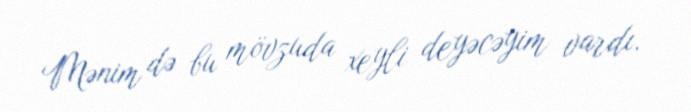
Mənim də bu mövzuda xeyli deyəcəyim vardı.